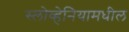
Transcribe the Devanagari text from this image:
स्लोव्हेनियामधील